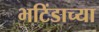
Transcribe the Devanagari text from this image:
भटिंडाच्या